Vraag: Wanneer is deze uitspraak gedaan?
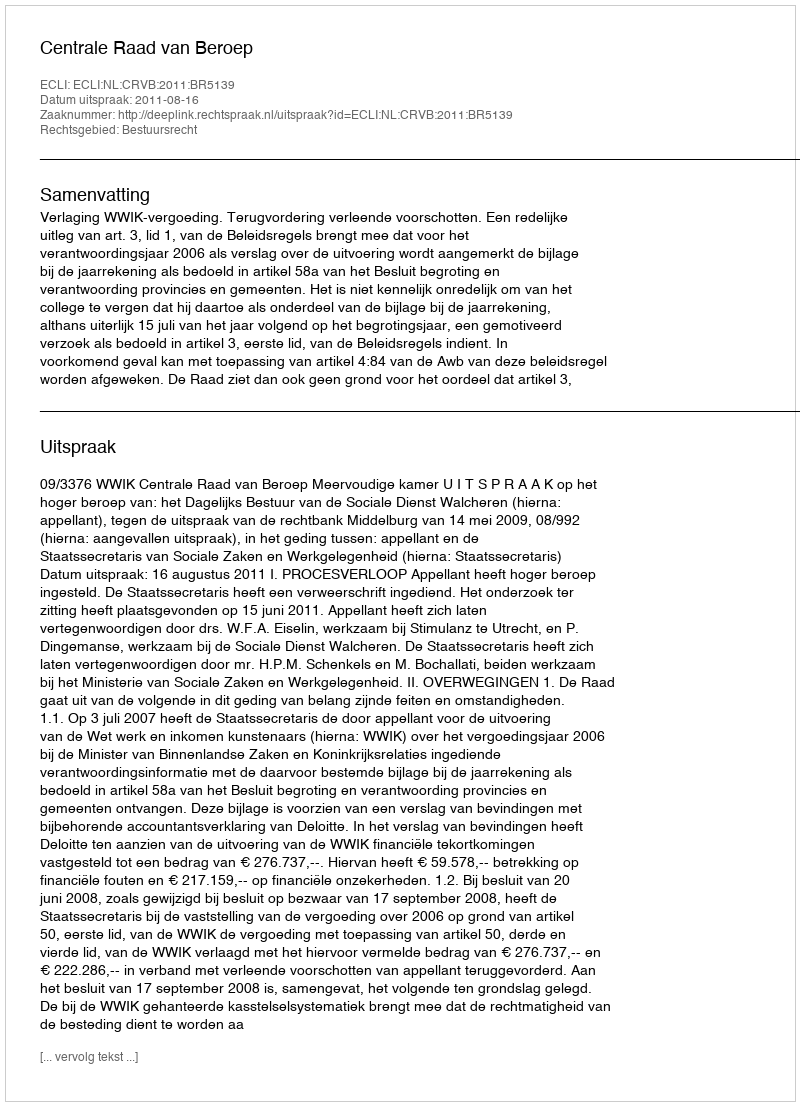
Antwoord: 2011-08-16